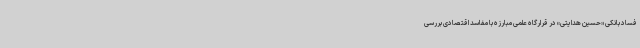
فساد بانکی «حسین هدایتی» در قرارگاه علمی مبارزه با مفاسد اقتصادی بررسی